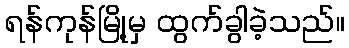
ရန်ကုန်မြို့မှ ထွက်ခွါခဲ့သည်။